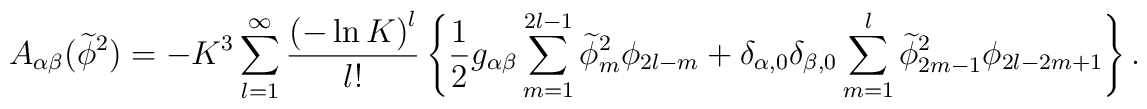
A_{\alpha \beta }(\widetilde\phi^2)  =  - K^3\sum\limits_{l = 1}^\infty {\frac{{\left( { - \ln K} \right)^l }}{{l!}}} \left\{ {\frac{1} {2}g_{\alpha \beta } \sum\limits_{m =1}^{2l - 1} {\widetilde\phi ^2 _m } \phi _{2l - m}  + \delta_{\alpha,0} \delta _{\beta,0} \sum\limits_{m = 1}^l{\widetilde\phi ^2 _{2m - 1} \phi _{2l - 2m + 1} } }\right\}.